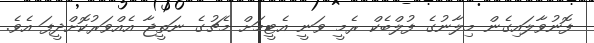
ފޮނުވާލައިގެން މިލާނުގެ ފުލްބެކް ރެމީ ވަނީ އެޓީމަށް މެޗުގެ ނަތީޖާ އެއްވަރުކޮށްދީފަ އެވެ.